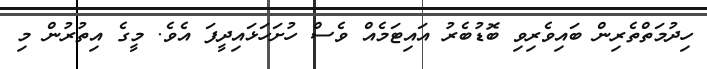
ހިދުމަތްތެރިން ބައިވެރިވި ބޮޑުބެރު އައިޓަމެއް ވެސް ހުށަހަޅައިދީފަ އެވެ. މީގެ އިތުރުން މި